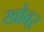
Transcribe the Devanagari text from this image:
खोवऱ